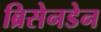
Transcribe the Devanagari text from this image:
ब्रिसेनडेन